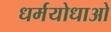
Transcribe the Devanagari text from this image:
धर्मयोधाओ